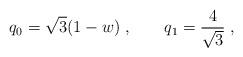
LaTeX: \begin{align*}q_0 = \sqrt{3}(1-w)\; ,\qquad q_1 = \frac{4}{\sqrt{3}}\; ,\end{align*}